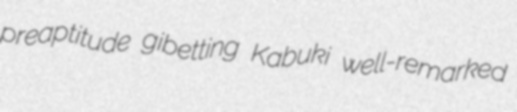
preaptitude gibetting Kabuki well-remarked